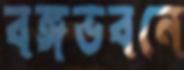
বঙ্গভবনে